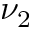
\nu _ { 2 }